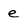
Character: e